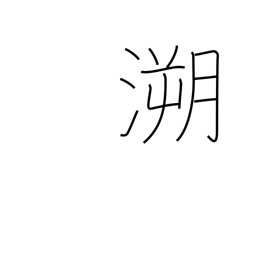
Meaning: retrace the past